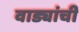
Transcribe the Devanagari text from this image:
वाड्यांची